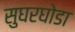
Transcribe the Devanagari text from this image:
सुघरघोडा